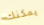
يمكنك